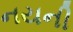
નયની